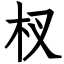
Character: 杈